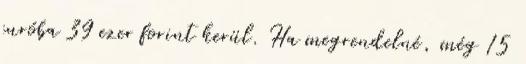
euróba 39 ezer forint kerül. Ha megrendelné, még 15